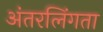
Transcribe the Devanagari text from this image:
अंतरलिंगता